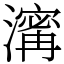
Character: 𤀑